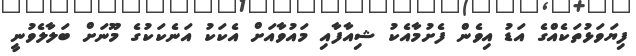
ފިޔަވަޅުތަކެއްގެ އަޑު އިވެން ފެށުމާއެކު ޝިއާފާއި މައުވާއަށް އެކަކު އަނެކަކުގެ މޫނަށް ބަލާލެވުނީ